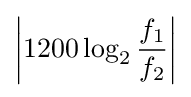
\left|1200\log _{2}{\frac {f_{1}}{f_{2}}}\right|